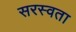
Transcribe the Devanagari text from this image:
सरस्वता